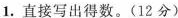
1. 直接写出得数。(12分)